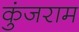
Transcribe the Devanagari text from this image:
कुंजराम